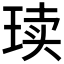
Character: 𪻨